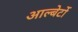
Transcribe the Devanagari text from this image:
आल्बेर्टो